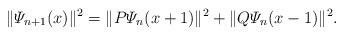
LaTeX: \begin{align*}\|\varPsi_{n+1}(x)\|^2 = \|P\varPsi_n(x+1)\|^2 + \|Q\varPsi_n(x-1)\|^2.\end{align*}